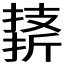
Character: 𪮣